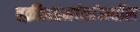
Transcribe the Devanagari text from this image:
वक्रीभवनांकांमधील